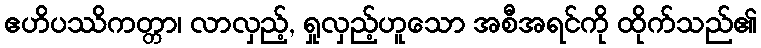
ဧဟိပဿိကတ္တာ၊ လာလှည့်, ရှုလှည့်ဟူသော အစီအရင်ကို ထိုက်သည်၏